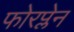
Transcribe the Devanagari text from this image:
फोरप्लेन